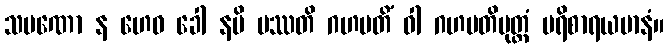
သမဏော န ဟေဝ ခေါ နပိ ပဿတိ ဂဟပတိံ ဝါ ဂဟပတိပုတ္တံ ပရိစာရယမာနံ။